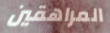
المراهقين